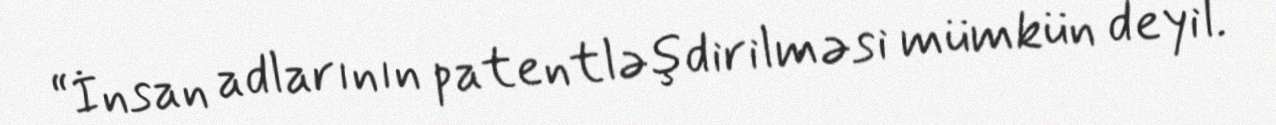
“İnsan adlarının patentləşdirilməsi mümkün deyil.